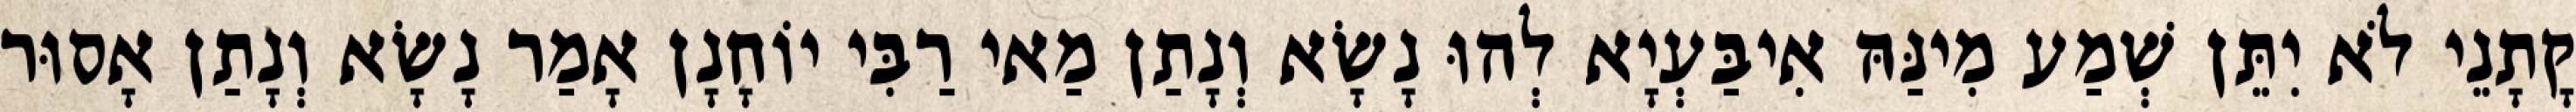
קָתָנֵי לֹא יִתֵּן שְׁמַע מִינַּהּ אִיבַּעְיָא לְהוּ נָשָׂא וְנָתַן מַאי רַבִּי יוֹחָנָן אָמַר נָשָׂא וְנָתַן אָסוּר